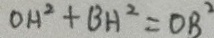
O H ^ { 2 } + B H ^ { 2 } = O B ^ { 2 }